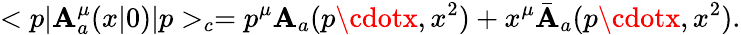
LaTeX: <p|\mathbf{A}_{a}^{\mu}(x|0)|p>_{c}=p^{\mu}\mathbf{A}_{a}(p\cdotx,x^{2})+x^{\mu}\bar{{\mathbf{A}}}_{a}(p\cdotx,x^{2}).